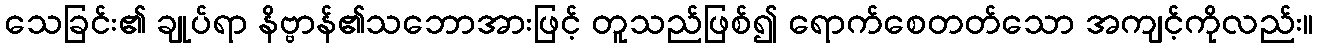
သေခြင်း၏ ချုပ်ရာ နိဗ္ဗာန်၏သဘောအားဖြင့် တူသည်ဖြစ်၍ ရောက်စေတတ်သော အကျင့်ကိုလည်း။